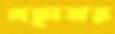
গছাবার